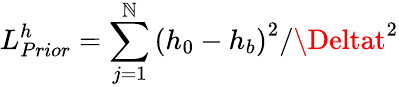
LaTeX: L_{Prior}^{h}=\sum_{j=1}^{\mathbb{N}}{{{\left({{h}_{0}}-{{h}_{b}}\right)}^{2}}/{{\Deltat}^{2}}}